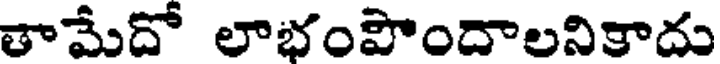
తామేదో లాభంపొందాలనికాదు